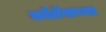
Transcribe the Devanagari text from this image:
कोर्तेसच्या